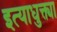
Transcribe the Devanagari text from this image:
इत्याधुक्त्या